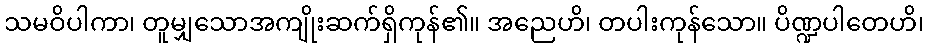
သမဝိပါကာ၊ တူမျှသောအကျိုးဆက်ရှိကုန်၏။ အညေဟိ၊ တပါးကုန်သော။ ပိဏ္ဍပါတေဟိ၊